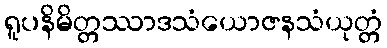
ရူပနိမိတ္တဿာဒသံယောဇနသံယုတ္တံ